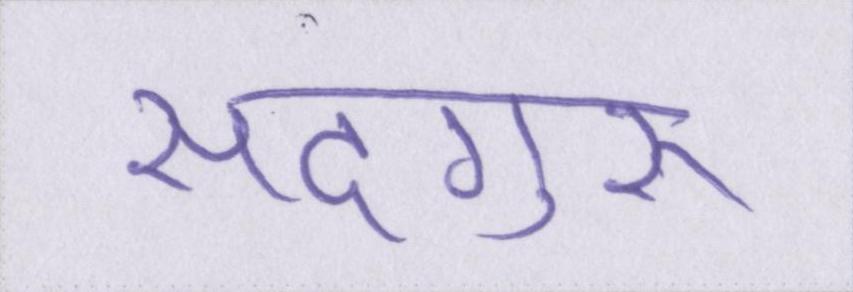
सदगुरू